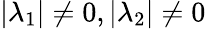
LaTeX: |\lambda_{1}|\neq 0,|\lambda_{2}|\neq 0